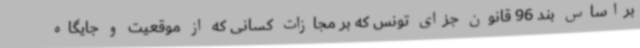
براساس بند 96 قانون جزای تونس که بر مجازات کسانی که از موقعیت و جایگاه